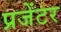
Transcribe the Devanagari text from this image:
प्रजेंटर